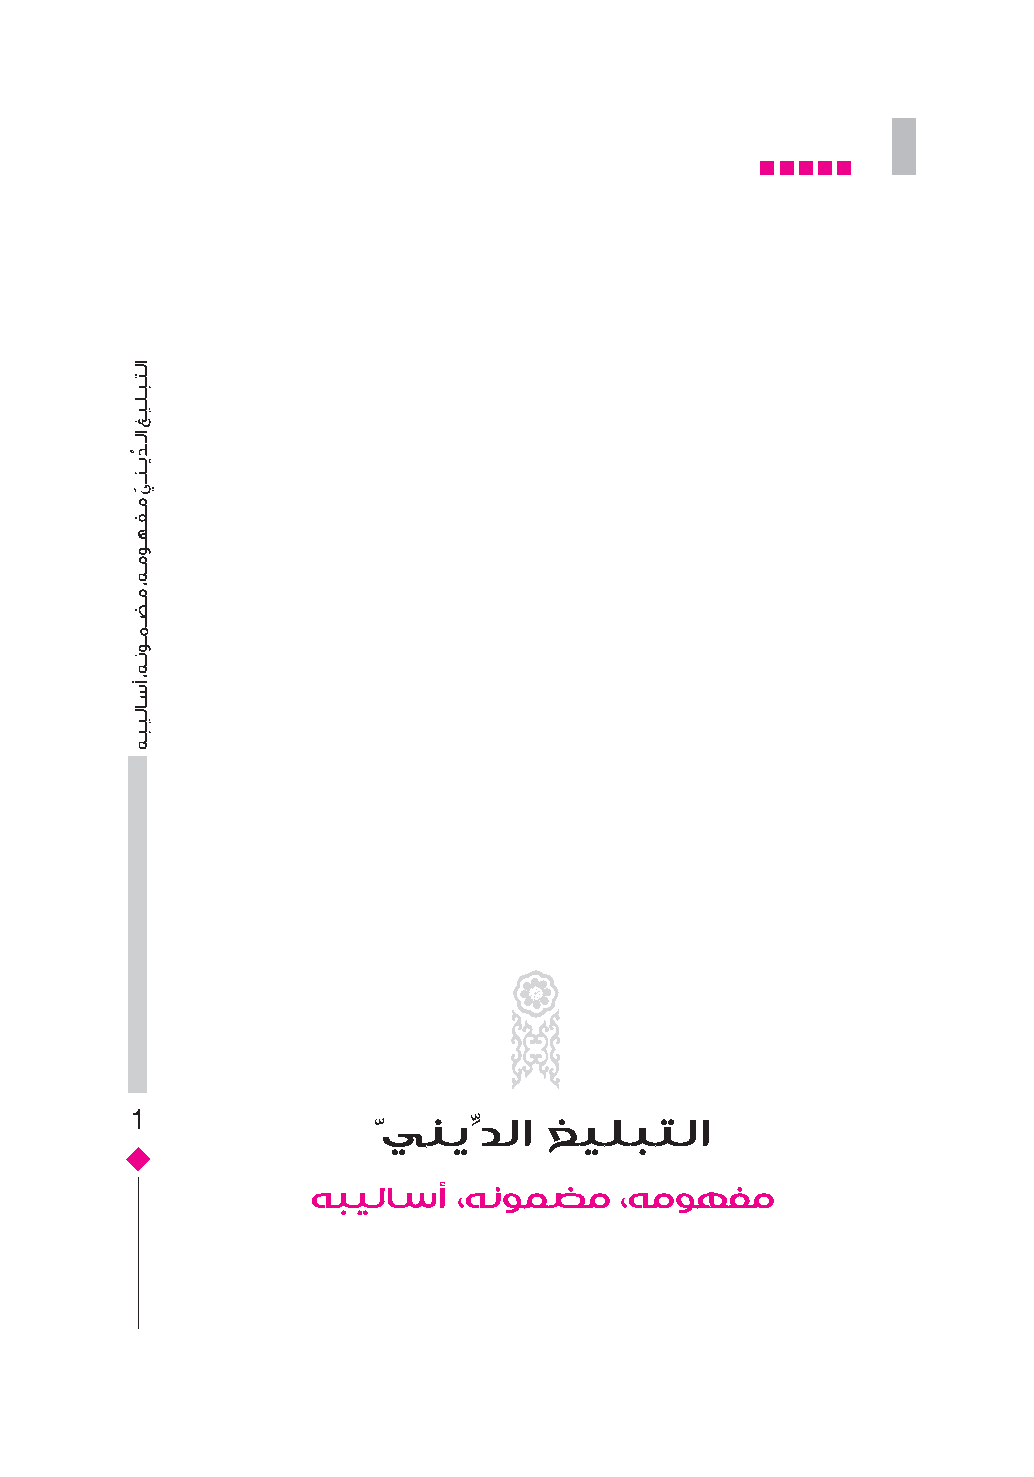
1               ّينيِّدلا  غيلبتلا
 هبيلاسأ  ،هنومضم    ،هموهفم
 �����������������
 �����������������
 ��������������
 ��������������
 ��������������